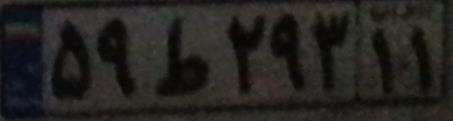
۵۹ط۲۹۳۱۱